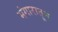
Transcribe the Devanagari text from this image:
भंगारातून